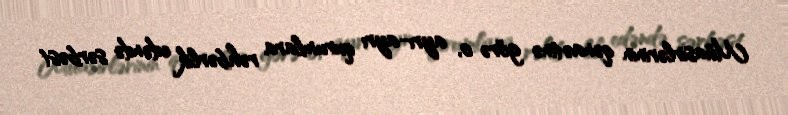
Müasirlərinin qənaətinə görə o, ayrı-ayrı qurumlara rəhbərlik edəndə sərbəst